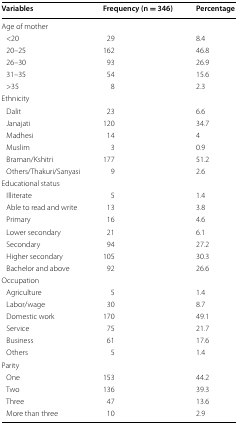
<table><thead><tr><td><b>Variables</b></td><td><b>Frequency (n = 346)</b></td><td><b>Percentage</b></td></tr></thead><tbody><tr><td colspan="3">Age of mother</td></tr><tr><td> &lt;20</td><td>29</td><td>8.4</td></tr><tr><td> 20–25</td><td>162</td><td>46.8</td></tr><tr><td> 26–30</td><td>93</td><td>26.9</td></tr><tr><td> 31–35</td><td>54</td><td>15.6</td></tr><tr><td> &gt;35</td><td>8</td><td>2.3</td></tr><tr><td colspan="3">Ethnicity</td></tr><tr><td> Dalit</td><td>23</td><td>6.6</td></tr><tr><td> Janajati</td><td>120</td><td>34.7</td></tr><tr><td> Madhesi</td><td>14</td><td>4</td></tr><tr><td> Muslim</td><td>3</td><td>0.9</td></tr><tr><td> Braman/Kshitri</td><td>177</td><td>51.2</td></tr><tr><td> Others/Thakuri/Sanyasi</td><td>9</td><td>2.6</td></tr><tr><td colspan="3">Educational status</td></tr><tr><td> Illiterate</td><td>5</td><td>1.4</td></tr><tr><td> Able to read and write</td><td>13</td><td>3.8</td></tr><tr><td> Primary</td><td>16</td><td>4.6</td></tr><tr><td> Lower secondary</td><td>21</td><td>6.1</td></tr><tr><td> Secondary</td><td>94</td><td>27.2</td></tr><tr><td> Higher secondary</td><td>105</td><td>30.3</td></tr><tr><td> Bachelor and above</td><td>92</td><td>26.6</td></tr><tr><td colspan="3">Occupation</td></tr><tr><td> Agriculture</td><td>5</td><td>1.4</td></tr><tr><td> Labor/wage</td><td>30</td><td>8.7</td></tr><tr><td> Domestic work</td><td>170</td><td>49.1</td></tr><tr><td> Service</td><td>75</td><td>21.7</td></tr><tr><td> Business</td><td>61</td><td>17.6</td></tr><tr><td> Others</td><td>5</td><td>1.4</td></tr><tr><td colspan="3">Parity</td></tr><tr><td> One</td><td>153</td><td>44.2</td></tr><tr><td> Two</td><td>136</td><td>39.3</td></tr><tr><td> Three</td><td>47</td><td>13.6</td></tr><tr><td> More than three</td><td>10</td><td>2.9</td></tr></tbody></table>